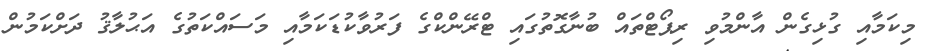
މިކަމާއި ގުޅިގެން އާންމުވި ރިޕޯޓްތައް ބުނާގޮތުގައި ޓްރޭންކްގެ ފަރުވާކުޑަކަމާއި މަސައްކަތުގެ އަޙުލާޤު ދަށްކަމުން